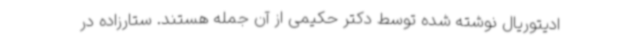
ادیتوریال نوشته شده توسط دکتر حکیمی از آن جمله هستند. ستارزاده در